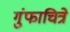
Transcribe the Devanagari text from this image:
गुंफाचित्रे